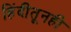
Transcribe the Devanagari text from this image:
हिंदीतूनही